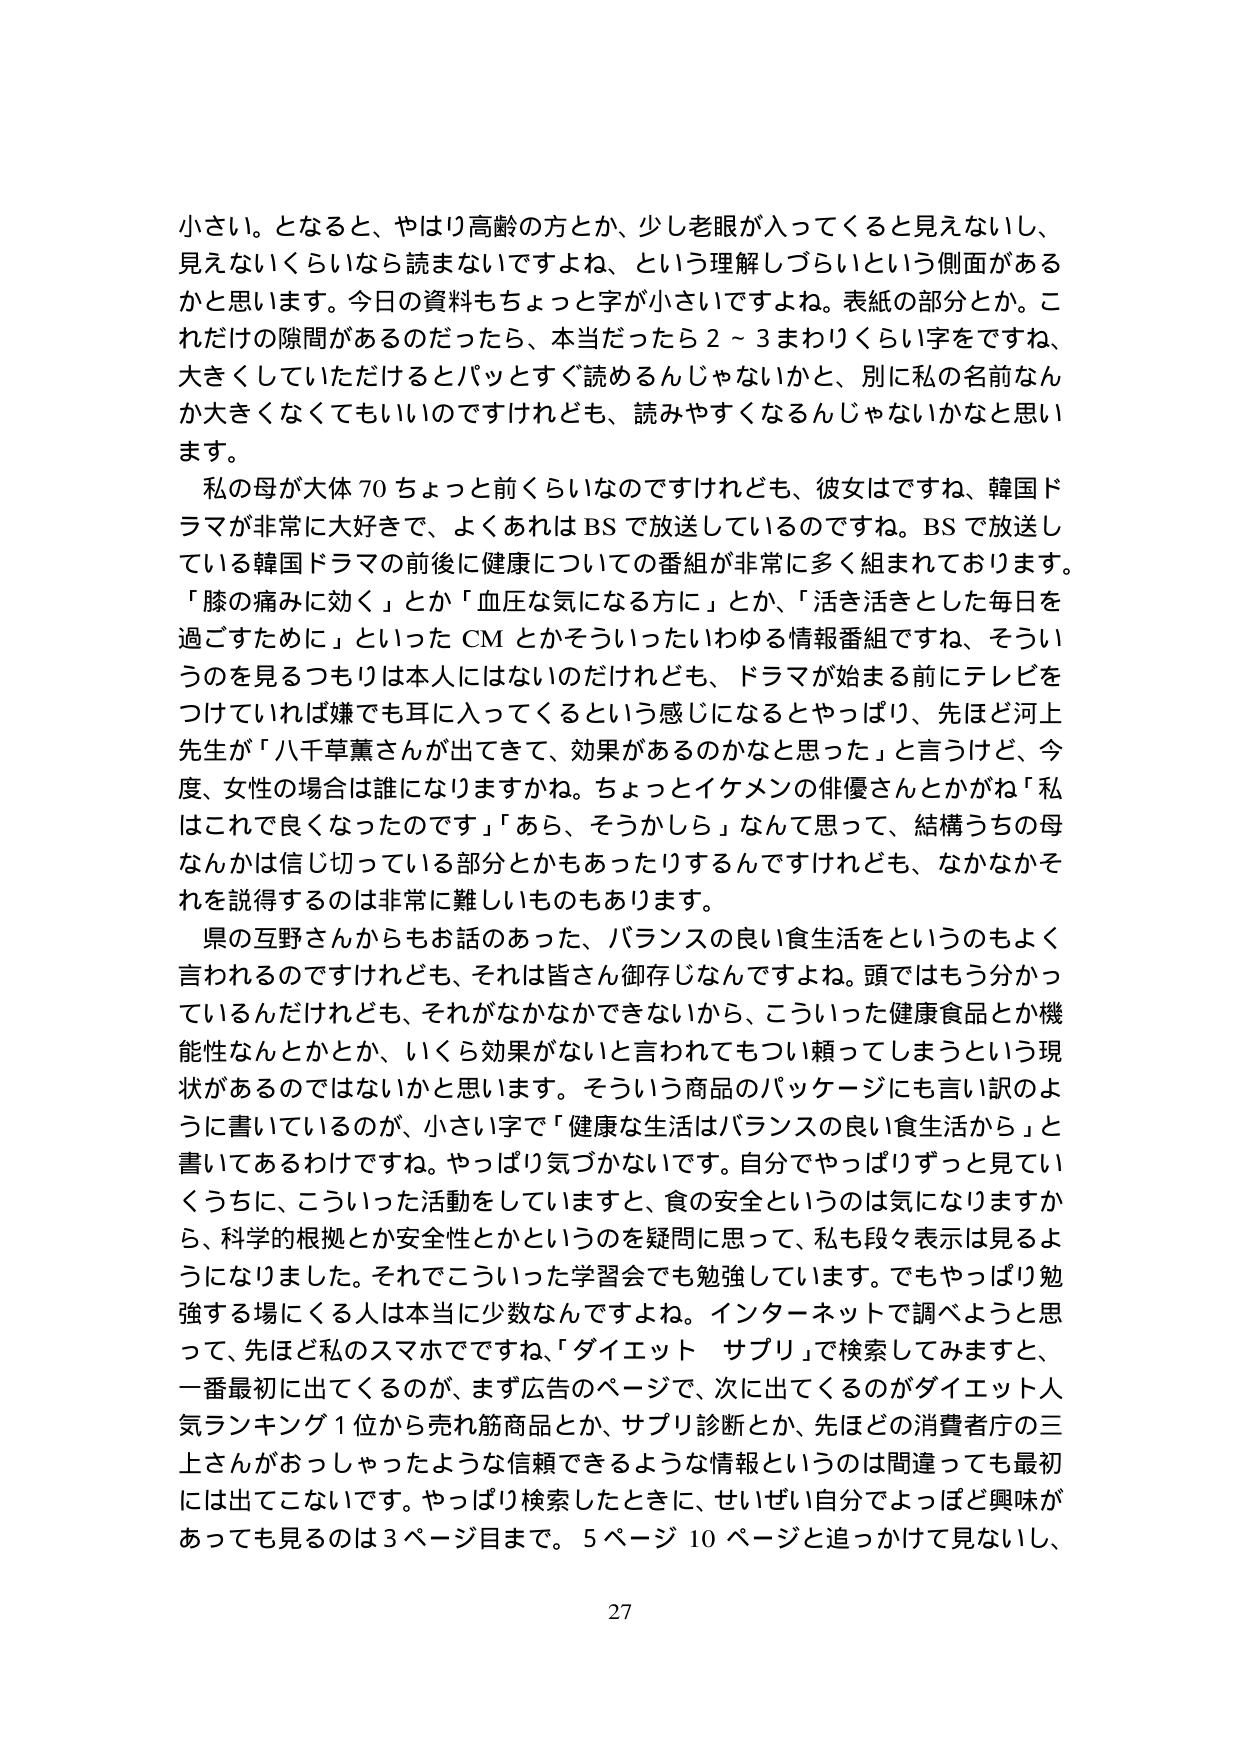
小さい。となると、やはり高齢の方とか、少し老眼が入ってくると見えないし、
見えないくらいなら読まないですよね、という理解しづらいという側面がある
かと思います。今日の資料もちょっと字が小さいですよね。表紙の部分とか。こ
れだけの隙間があるのだったら、本当だったら２～３まわりくらい字をですね、
大きくしていただけるとパッとすぐ読めるんじゃないかなと、別に私の名前なん
か大きくなくてもいいのですけれども、読みやすくなるんじゃないかなと思い
ます。

私の母が大体７０ちょっと前くらいなのですけれども、彼女はですね、韓国ド
ラマが非常に大好きで、よくあれはＢＳで放送しているのですね。ＢＳで放送し
ている韓国ドラマの前後に健康についての番組が非常に多く組まれております。
「膝の痛みに効く」とか「血圧な気になる方に」とか、「活き活きとした毎日を
過ごすために」といったＣＭとかそういったいわゆる情報番組ですね、そうい
うのを見るつもりは本人にはないのだけれども、ドラマが始まる前にテレビを
つけていれば嫌でも耳に入ってくるという感じになるとやっぱり、先ほど河上
先生が「八千草薫さんが出てきて、効果があるのかなと思った」と言うけど、今
度、女性の場合は誰になりますかね。ちょっとイケメンの俳優さんとかがね「私
はこれで良くなったのです」「あら、そうかしら」なんて思って、結構うちの母
なんかは信じ切っている部分とかもあったりするんですけれども、なかなかそ
れを説得するのは非常に難しいものもあります。

県の互野さんからもお話のあった、バランスの良い食生活をというのもよく
言われるのですけれども、それは皆さん御存じなんですよね。頭ではもう分かっ
ているんだけれども、それがなかなかできないから、こういった健康食品とか機
能性なんとかとか、いくら効果がないと言われてもつい頼ってしまうという現
状があるのではないかと思います。そういう商品のパッケージにも言い訳のよ
うに書いているのが、小さい字で「健康な生活はバランスの良い食生活から」と
書いてあるわけですね。やっぱり気づかないです。自分でやっぱりずっと見てい
くうちに、こういった活動をしていきますと、食の安全というのは気になりますか
ら、科学的根拠とか安全性とかというのを疑問に思って、私も段々表示は見るよ
うになりました。それでこういった学習会でも勉強しています。でもやっぱり勉
強する場にくる人は本当に少数なんですよね。インターネットで調べようと思
って、先ほど私のスマホですね、「ダイエット サプリ」で検索してみますと、
一番最初に出てくるのが、まず広告のページで、次に出てくるのがダイエット人
気ランキング１位から売れ筋商品とか、サプリ診断とか、先ほど消費者庁の三
上さんがおっしゃったような信頼できるような情報というのは間違っても最初
には出てこないです。やっぱり検索したときに、せいぜい自分でよっぽど興味が
あっても見るのは３ページ目まで。５ページ 10 ページと追っかけて見ないし、

27